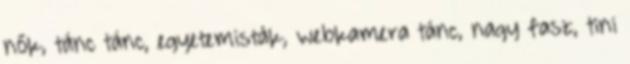
nők, tánc tánc, egyetemisták, webkamera tánc, nagy fasz, tini